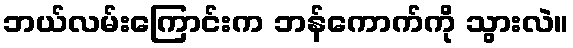
ဘယ်လမ်းကြောင်းက ဘန်ကောက်ကို သွားလဲ။